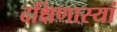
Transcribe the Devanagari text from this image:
दक्षिणास्यां